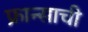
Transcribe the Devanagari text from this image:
फ्रान्साची